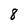
Character: 8